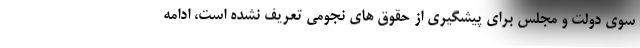
سوی دولت و مجلس برای پیشگیری از حقوق های نجومی تعریف نشده است، ادامه